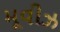
મૂવીઝ